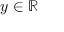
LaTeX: y \in \mathbb { R }